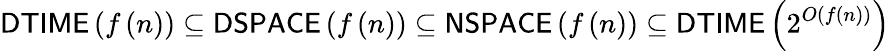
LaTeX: {\mathsf{DTIME}}\left(f\left(n\right)\right)\subseteq{\mathsf{DSPACE}}\left(f\left(n\right)\right)\subseteq{\mathsf{NSPACE}}\left(f\left(n\right)\right)\subseteq{\mathsf{DTIME}}\left(2^{O\left(f\left(n\right)\right)}\right)